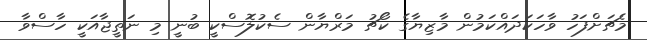
މެޗަށްފަހު ވާހަކަދައްކަމުން މާޒިޔާގެ ކޯޗު މަރްޔާން ސެކުލޮސްކީ ބުނީ މި ނަތީޖާއަކީ ހާސްވާ